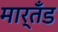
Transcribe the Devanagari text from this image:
मार्तँड